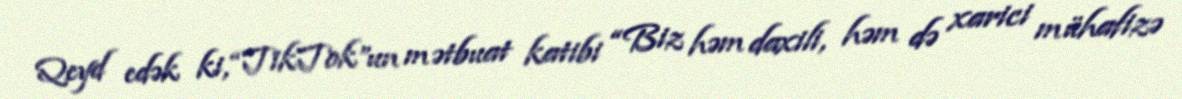
Qeyd edək ki, “TikTok”un mətbuat katibi “Biz həm daxili, həm də xarici mühafizə